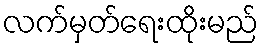
လက်မှတ်ရေးထိုးမည်